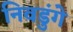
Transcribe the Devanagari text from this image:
निवडुंगे